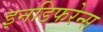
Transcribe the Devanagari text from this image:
इनडिफरेन्स